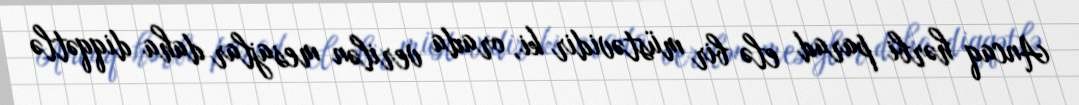
Ancaq hərbi parad elə bir müstəvidir ki, orada verilən mesajlar daha diqqətlə